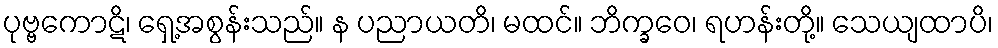
ပုဗ္ဗကောဋိ၊ ရှေ့အစွန်းသည်။ န ပညာယတိ၊ မထင်။ ဘိက္ခဝေ၊ ရဟန်းတို့။ သေယျထာပိ၊